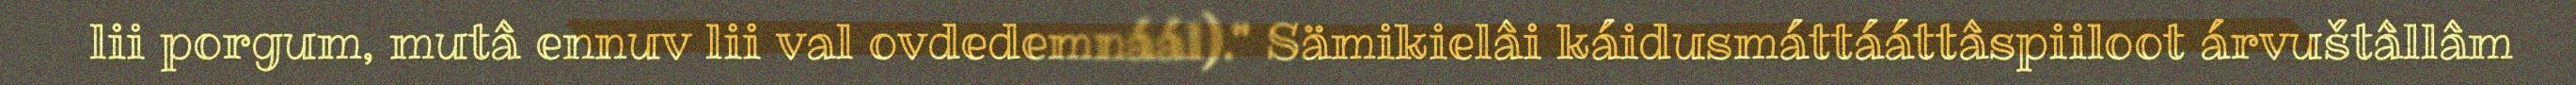
lii porgum, mutâ ennuv lii val ovdedemnáál)." Sämikielâi káidusmáttááttâspiiloot árvuštâllâm